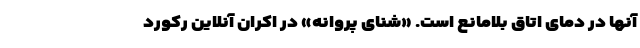
آنها در دمای اتاق بلامانع است. «شنای پروانه» در اکران آنلاین رکورد